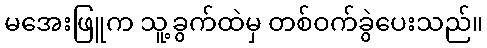
မအေးဖြူက သူ့ခွက်ထဲမှ တစ်ဝက်ခွဲပေးသည်။